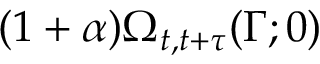
( 1 + \alpha ) \Omega _ { t , t + \tau } ( \Gamma ; 0 )